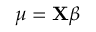
\mu = \mathbf { X } { \boldsymbol { \beta } } \,